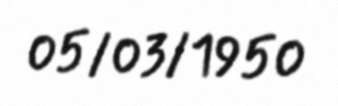
05/03/1950